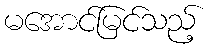
မအောင်မြင်သည့်